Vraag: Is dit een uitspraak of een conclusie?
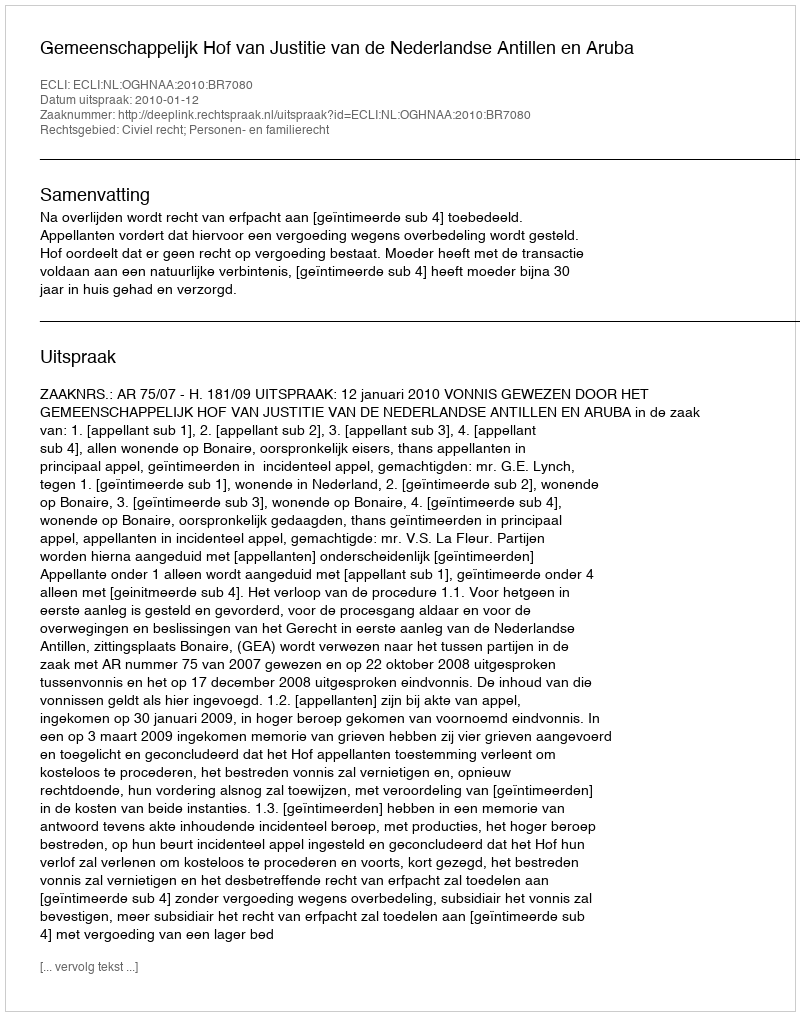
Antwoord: Uitspraak